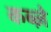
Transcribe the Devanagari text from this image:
कब्‍ज़े